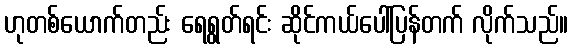
ဟုတစ်ယောက်တည်း ရေရွတ်ရင်း ဆိုင်ကယ်ပေါ်ပြန်တက် လိုက်သည်။